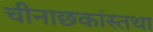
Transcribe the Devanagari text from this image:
चीनाछकांस्तथा